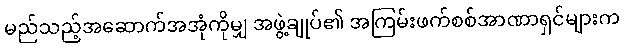
မည်သည့်အဆောက်အအုံကိုမျှ အဖွဲ့ချုပ်၏ အကြမ်းဖက်စစ်အာဏာရှင်များက